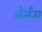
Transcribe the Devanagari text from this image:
चेर्नस